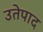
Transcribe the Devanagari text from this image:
उतेपाद